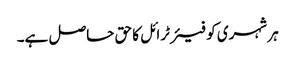
ہر شہری کو فیئر ٹرائل کا حق حاصل ہے۔